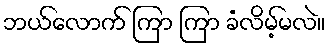
ဘယ်လောက် ကြာ ကြာ ခံလိမ့်မလဲ။